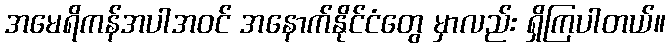
အမေရိကန်အပါအဝင် အနောက်နိုင်ငံတွေ မှာလည်း ရှိကြပါတယ်။